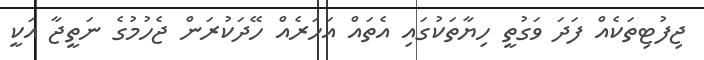
ޖިފުޓިތަކެއް ފަދަ ވަގުތީ ހިޔާތަކުގައި އެތައް އަހަރެއް ހޭދަކުރަން ޖެހުމުގެ ނަތީޖާ އަކީ